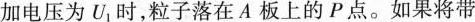
加电压为U_{1}时，粒子落在A板上的P点。如果将带